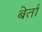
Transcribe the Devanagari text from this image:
बेर्ता